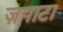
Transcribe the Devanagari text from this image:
ज़पाटा